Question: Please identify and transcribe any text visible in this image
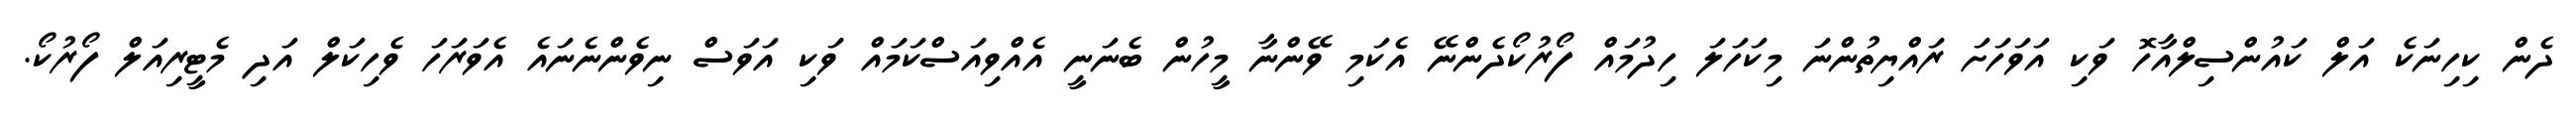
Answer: ދެން ކިހިނަކެ އަލް ކައުންސިލްއާހޮ ވަކި އަވަހަށަ ރައްޔިތުންނަ މިކަހަލަ ހިދުމައް ފޯރުކޯދެންނޭ އެކަމި ވޭންނާ މީހުން ބެނަނީ އެއްވިއަސްކަމައް ވަކި އަވަސް ނިވެންނެނައެ އެވަރަހަ ވެހިކަލް އަދި މެޓީރިއަލް ފޯރުކޯ.